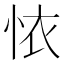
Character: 𢙇